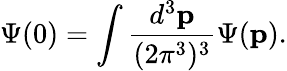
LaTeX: \Psi(0)=\int{\frac{d^{3}{\mathbf p}}{(2\pi^{3})^{3}}}\Psi({\mathbf p}).